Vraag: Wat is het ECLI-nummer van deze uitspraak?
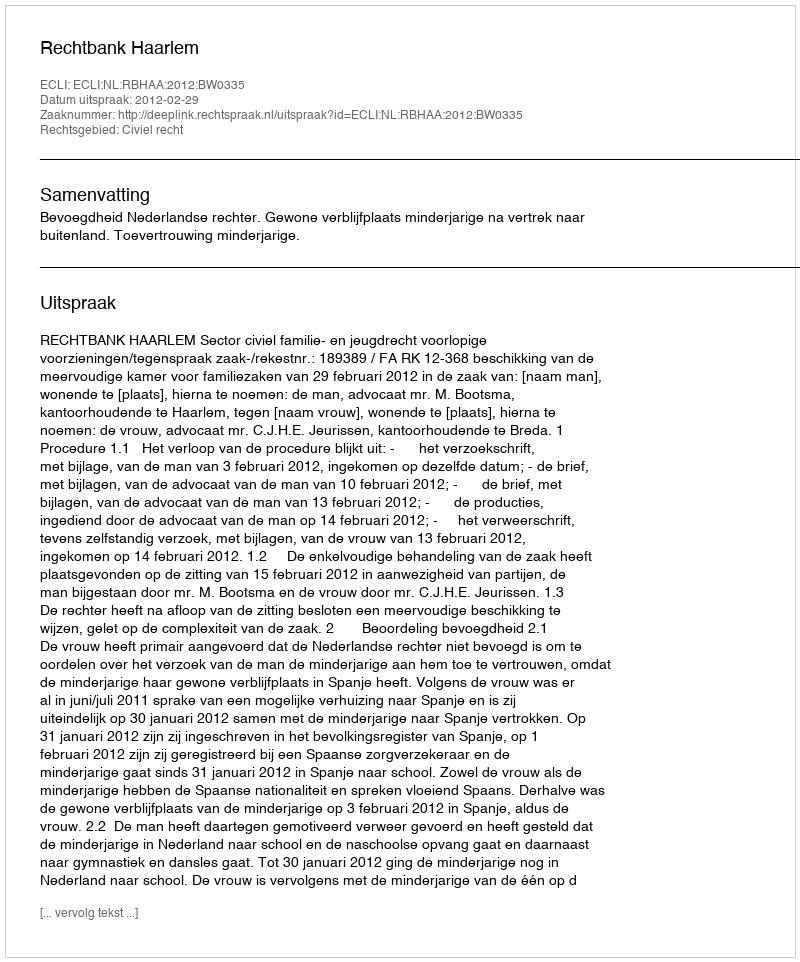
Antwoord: ECLI:NL:RBHAA:2012:BW0335